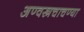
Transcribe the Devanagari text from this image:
अण्वस्त्रचाचण्या